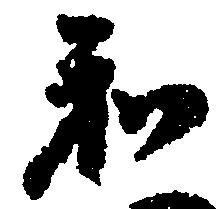
和